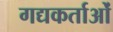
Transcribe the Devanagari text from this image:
गद्यकर्ताओं